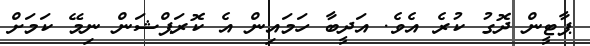
ޕާޓީން ދޮގު ކުރެ އެވެ. އަދީބާ ހަމައިން އެ ކޮރަޕްޝަން ނިމޭ ކަމަށް